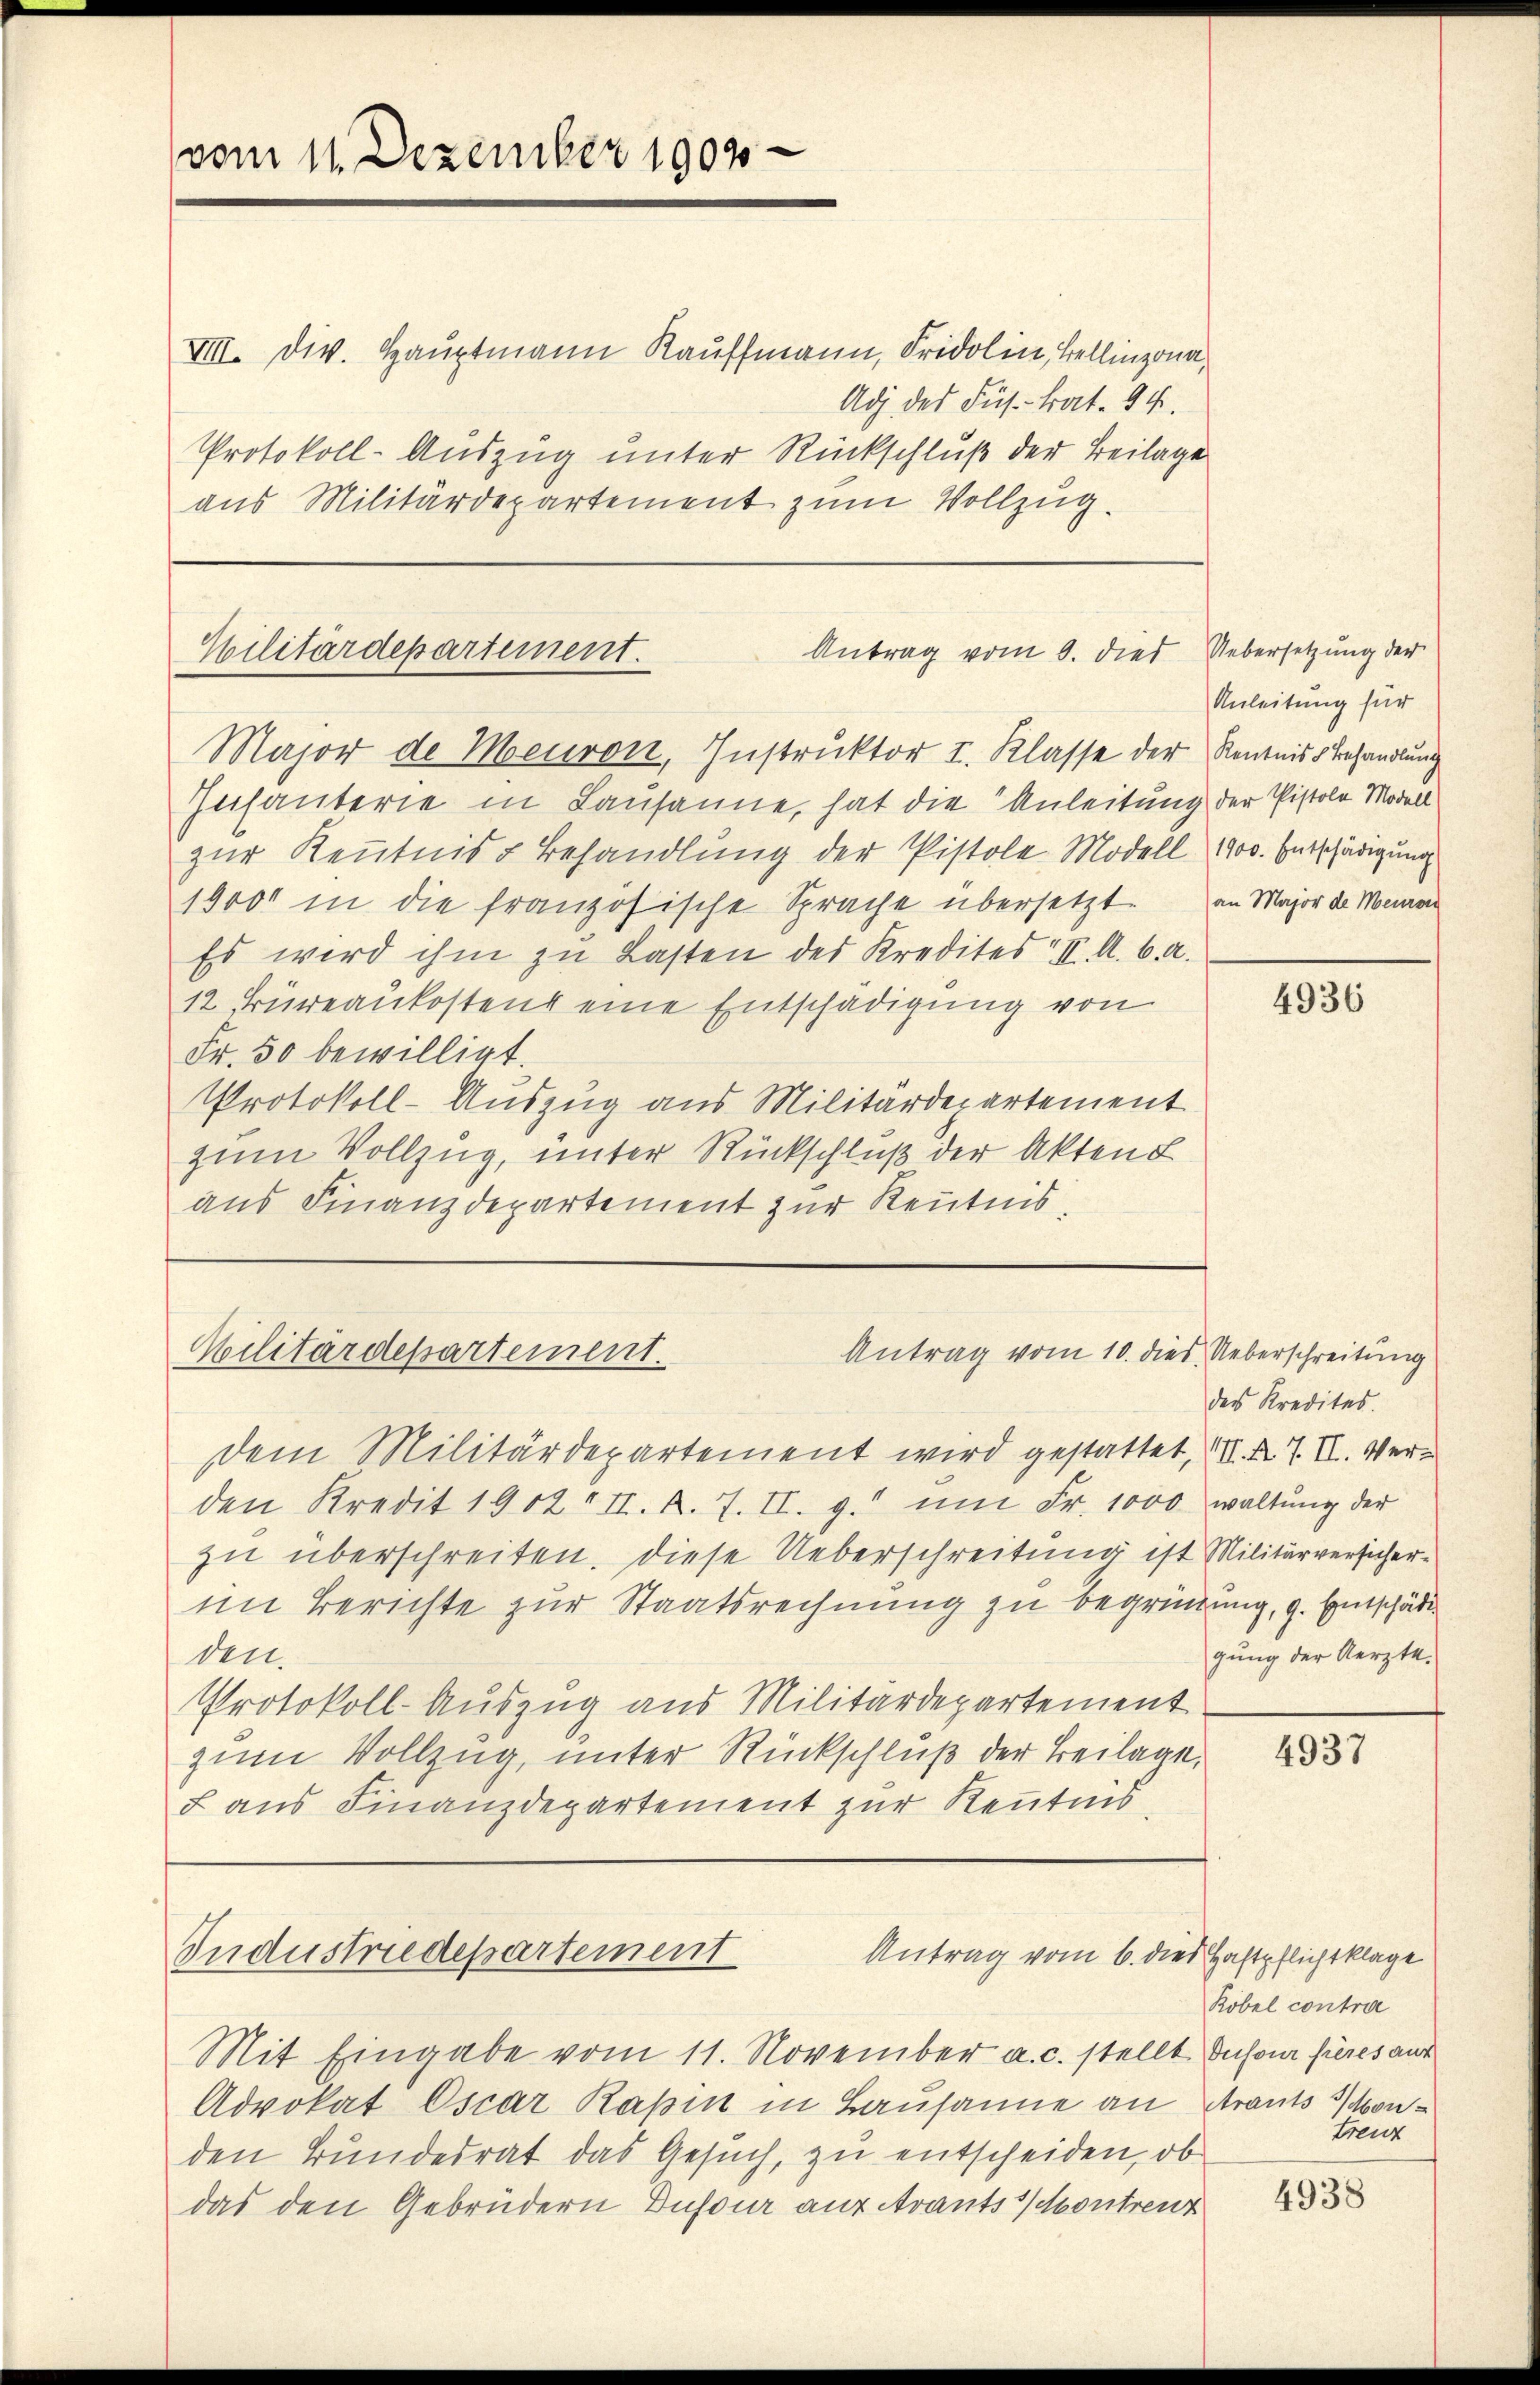
vom 11. Dezember 1908

VIII. Div. Haŭptmann Kauffmann, Fridolin, Bellinzona,
Adj des Fus. hat. 94.
Protokoll-Auszug unter Rückschluß der Beilage
aus Militärdepartement zum Vollzug.

Antrag vom 6. dies
Militärdepartement.
Major de Meuron, Instruktor I. Klasse der Kenntniss Behandlung

Infanterie in Lausanne, hat die Anleitung der Pistola Modell
zur Kenntnis & Behandlung der Pistole Modell 1900. Entschädigung
19000 in die französische Sprache übersetzt an Major de Monari
Es wird ihm zŭ Lasten des Kredites II. A. B. a.
12 Büreaukostens eine Entschädigung von
Fr. 50 bewilligt.
Protokoll-Auszug aus Militärdepartement
zum Vollzug, unter Rückschluß der Akten d
aus Finanzdepartement zur Kenntnis,

Antrag vom 10. dies Ueberschreitung
Militärdepartement.

dem Militärdepartement wird gestattet, I. R. 7. II. Verden Kredit 1902 II. K. J. II. g. um Fr. 1000 waltung der
zu überschreiten. Diese Ueberschreitung ist Militärversicherim Berichte zur Staatsrechnung zu begründung, g. Entschädiden.
Protokoll-Auszug aus Militärdepartement
zum Vollzug, unter Rückschluß der Beilage,
L aus Finanzdepartement zur Kenntnis,

Industriedepartement
Antrag vom 6. dies Haftpflichtklage

Mit Eingabe vom 11. November a. c. stellt insona fires aus
Advokat Oscar Rapin in Bausane an Strauts 3 Monden Bundesrat das Gesuch, zu entscheiden, ob
das den Gebrüdern Dufour auf Avants 3 Montrenz

Uebersetzung der
Anleitung für

4936

des Kredites.
gung der Aerzte.

4937

Köbel contra
treuz

4938